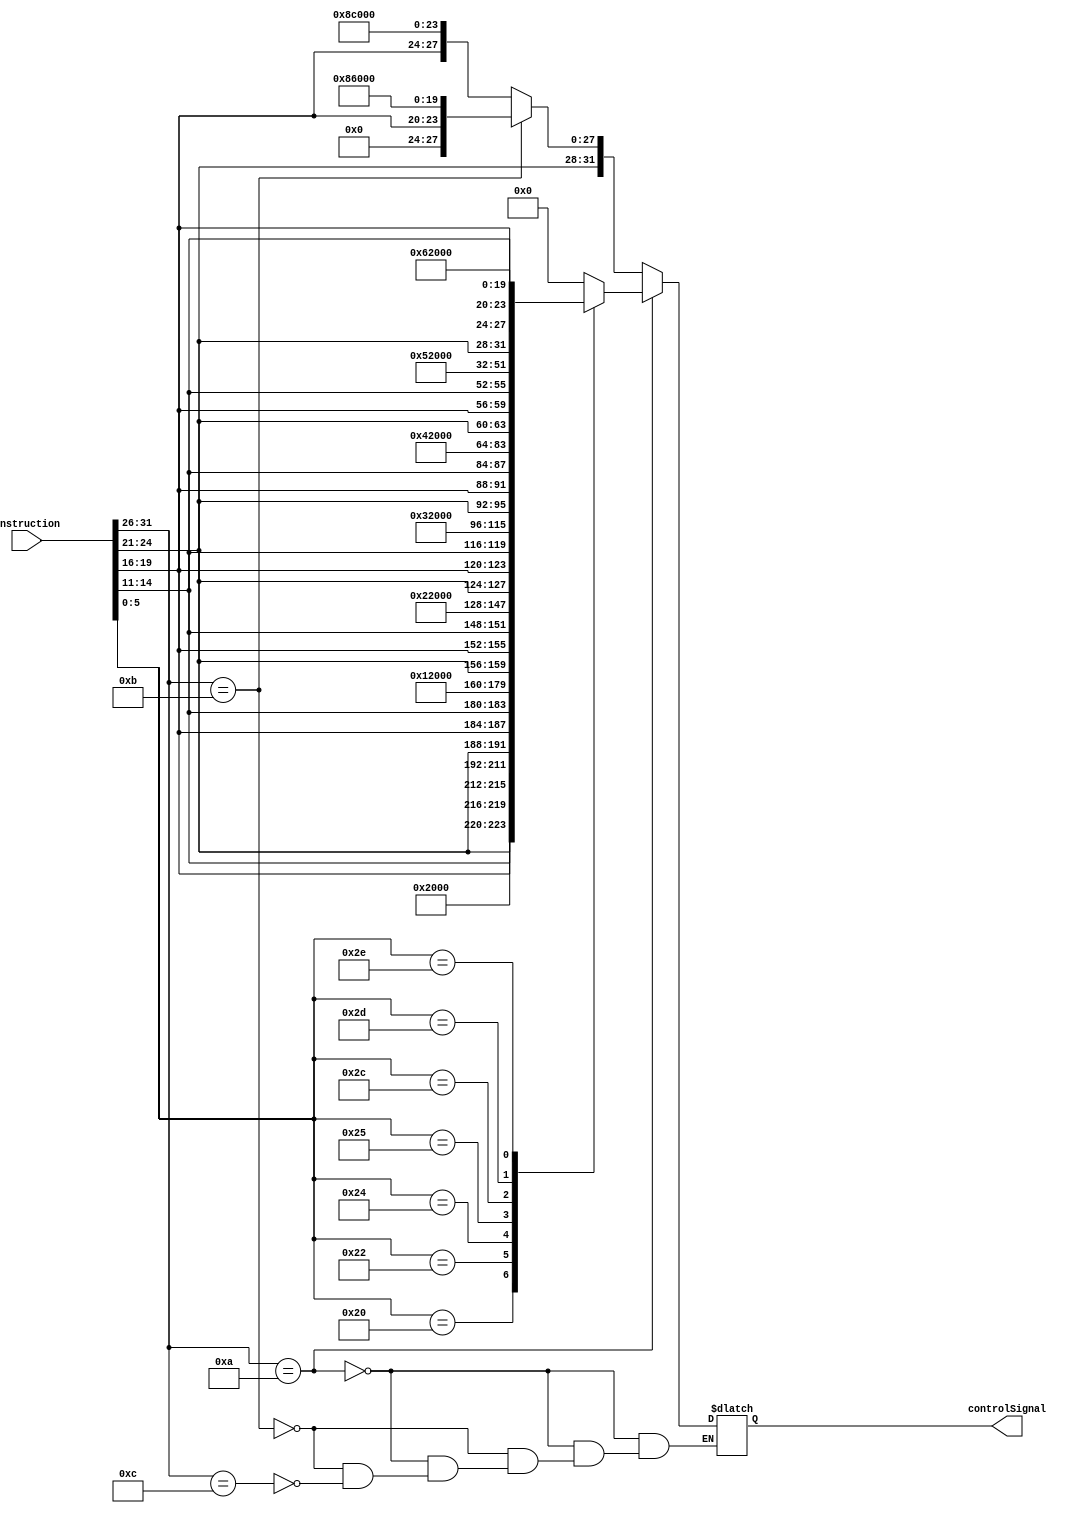
module control(
	input[31:0] instruction,
	output reg[31:0] controlSignal
);

reg[15:0] offset;
reg[3:0] regDest;
reg[3:0] regSrc1;
reg[3:0] regSrc2;

/*
	BIT - 0-3 = (Register File) Registrador do register file que vai para o A
	BIT - 4-7 = (Register File) Registrador do register file que vai para o B
	BIT - 8-11 = (Register File) Registrador do register file que vai ser escrito pela saida D do write-back 
	BIT - 12 = (MUX 1 EXECUTE) Enable/Disable
	BIT - 13-15 = (ALU) Soma, subtrao, AND, Or
	BIT - 16 = (Memria de Dados) READ/write
	BIT - 17 = (MUX 2 WRITE-BACK) Enable/Disable
	BIT - 18 = (Register File) Enable/Disable write
	BIT 19-31 = 0x00
*/

always @ (instruction) begin
	//Aritmeticas
	if(instruction[31:26] == 6'b001010) begin
		case(instruction[5:0])
			31: begin //NOP
				regSrc1 = 0;
				regSrc2 = 0;
				regDest = 0;
				
				controlSignal = {regSrc1, regSrc2, regDest, 1'b0, 3'b0, 1'b0, 1'b0, 1'b0, 13'b0000000000000};
			end	
			32: begin //Add
				regSrc1 = instruction[25:21];
				regSrc2 = instruction[20:16];
				regDest = instruction[15:11];
				
				controlSignal = {regSrc1, regSrc2, regDest, 1'b0, 3'b0, 1'b0, 1'b0, 1'b1, 13'b0000000000000};
			end
			34: begin //Sub
				regSrc1 = instruction[25:21];
				regSrc2 = instruction[20:16];
				regDest = instruction[15:11];
				
				controlSignal = {regSrc1, regSrc2, regDest, 1'b0, 3'b1, 1'b0, 1'b0, 1'b1, 13'b0000000000000};
			end
			36: begin //And
				regSrc1 = instruction[25:21];
				regSrc2 = instruction[20:16];
				regDest = instruction[15:11];
				
				controlSignal = {regSrc1, regSrc2, regDest, 1'b0, 3'b10, 1'b0, 1'b0, 1'b1, 13'b0000000000000};
			end
			37: begin //Or
				regSrc1 = instruction[25:21];
				regSrc2 = instruction[20:16];
				regDest = instruction[15:11];
				
				controlSignal = {regSrc1, regSrc2, regDest, 1'b0, 3'b11, 1'b0, 1'b0, 1'b1, 13'b0000000000000};
			end	
			44: begin //Mul
				regSrc1 = instruction[25:21];
				regSrc2 = instruction[20:16];
				regDest = instruction[15:11];
				
				controlSignal = {regSrc1, regSrc2, regDest, 1'b0, 3'b100, 1'b0, 1'b0, 1'b1, 13'b0000000000000};
			end		
			45: begin //Div
				regSrc1 = instruction[25:21];
				regSrc2 = instruction[20:16];
				regDest = instruction[15:11];
				
				controlSignal = {regSrc1, regSrc2, regDest, 1'b0, 3'b101, 1'b0, 1'b0, 1'b1, 13'b0000000000000};
			end
			46: begin //Xor
				regSrc1 = instruction[25:21];
				regSrc2 = instruction[20:16];
				regDest = instruction[15:11];
				
				controlSignal = {regSrc1, regSrc2, regDest, 1'b0, 3'b110, 1'b0, 1'b0, 1'b1, 13'b0000000000000};
			end	
			default: begin //NOP
				regSrc1 = 0;
				regSrc2 = 0;
				regDest = 0;
				
				controlSignal = {regSrc1, regSrc2, regDest, 1'b0, 3'b0, 1'b0, 1'b0, 1'b0, 13'b0000000000000};
			end
		endcase
	end else if (instruction[31:26] == 6'b001011) begin //Load Word
		regSrc1 = instruction[25:21];
		regSrc2 = 0;
		regDest = instruction[20:16];
		
		controlSignal = {regSrc1, regSrc2, regDest, 1'b1, 3'b0, 1'b0, 1'b1, 1'b1, 13'b0000000000000};
	end else if (instruction[31:26] == 6'b001100) begin //Store Word
		regSrc1 = instruction[25:21];
		regSrc2 = instruction[20:16]; //Vai ir pra entrada B da memoria
		regDest = 0;
		
		controlSignal = {regSrc1, regSrc2, regDest, 1'b1, 3'b0, 1'b1, 1'b1, 1'b0, 13'b0000000000000};
	end
end

endmodule